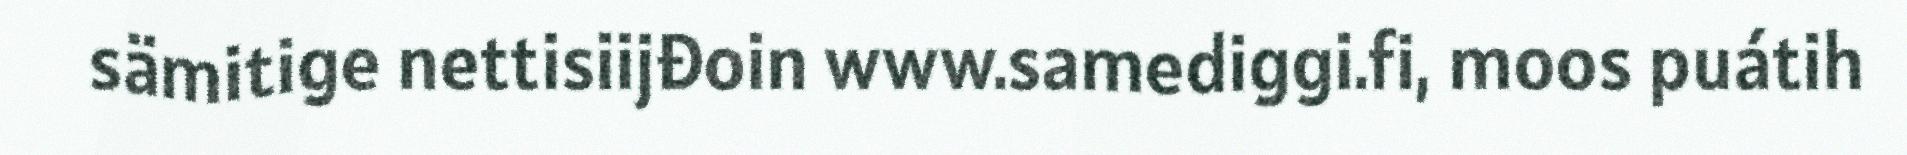
sämitige nettisiijđoin www.samediggi.fi, moos puátih